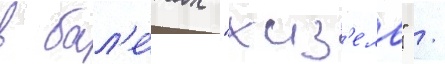
в бал'е́тах "жиз'ель" /